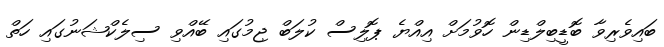
ބައިވެރިވާ ބޮޑީބިލްޑިން ހޮވުމަށް އިއްޔެ ޕޮލިސް ކުލަބް ޖިމުގައި ބޭއްވި ސިލެކްޝަނުގައި ހަތް